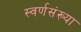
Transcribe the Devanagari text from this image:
स्वर्णसंख्या